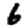
Digit: 6